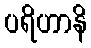
ပရိဟာနိ